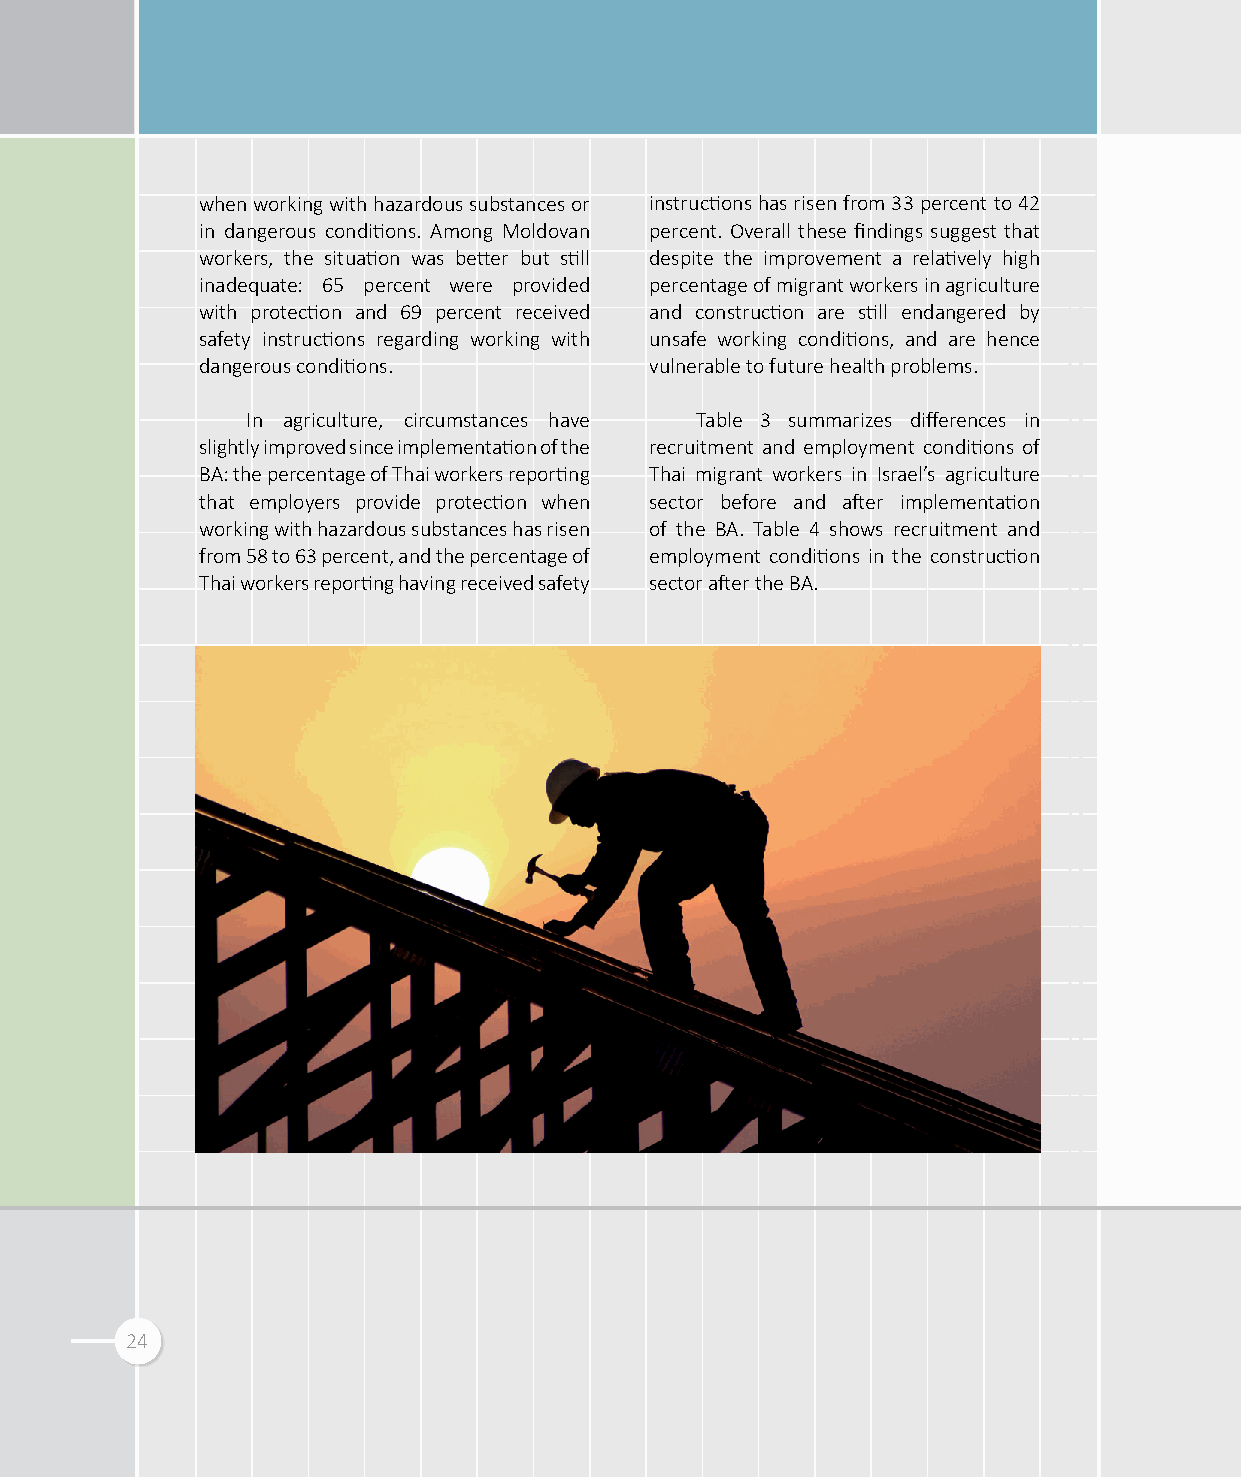
when working with hazardous substances or instructions has risen from 33 percent to 42
 in dangerous conditions. Among Moldovan percent. Overall these findings suggest that
 workers, the situation was better but still despite the improvement a relatively high
 inadequate: 65 percent were provided percentage of migrant workers in agriculture
 with protection and 69 percent received and construction are still endangered by
 safety instructions regarding working with unsafe working conditions, and are hence
 dangerous conditions.         vulnerable to future health problems.
 In agriculture, circumstances have Table 3 summarizes differences in
 slightly improved since implementation of the recruitment and employment conditions of
 BA: the percentage of Thai workers reporting Thai migrant workers in Israel’s agriculture
 that employers provide protection when sector before and after implementation
 working with hazardous substances has risen of the BA. Table 4 shows recruitment and
 from 58 to 63 percent, and the percentage of employment conditions in the construction
 Thai workers reporting having received safety sector after the BA.
 24